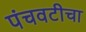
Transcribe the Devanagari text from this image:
पंचवटीचा